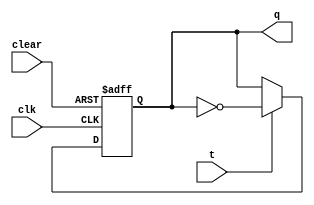
module my_tff (clk, clear, t, q);
  input clk, clear, t;
  output q;
  reg q;

  always @ ( posedge clk, negedge clear )
    begin
      if (clear == 1'b0)
        q <= 1'b0;
      else
        if (t == 1'b1)
          q <= ~q;
  end
endmodule // tff